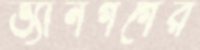
ভ্যানগগের